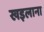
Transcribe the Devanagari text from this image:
खइलाना